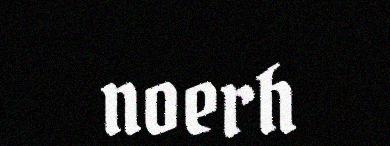
noerh